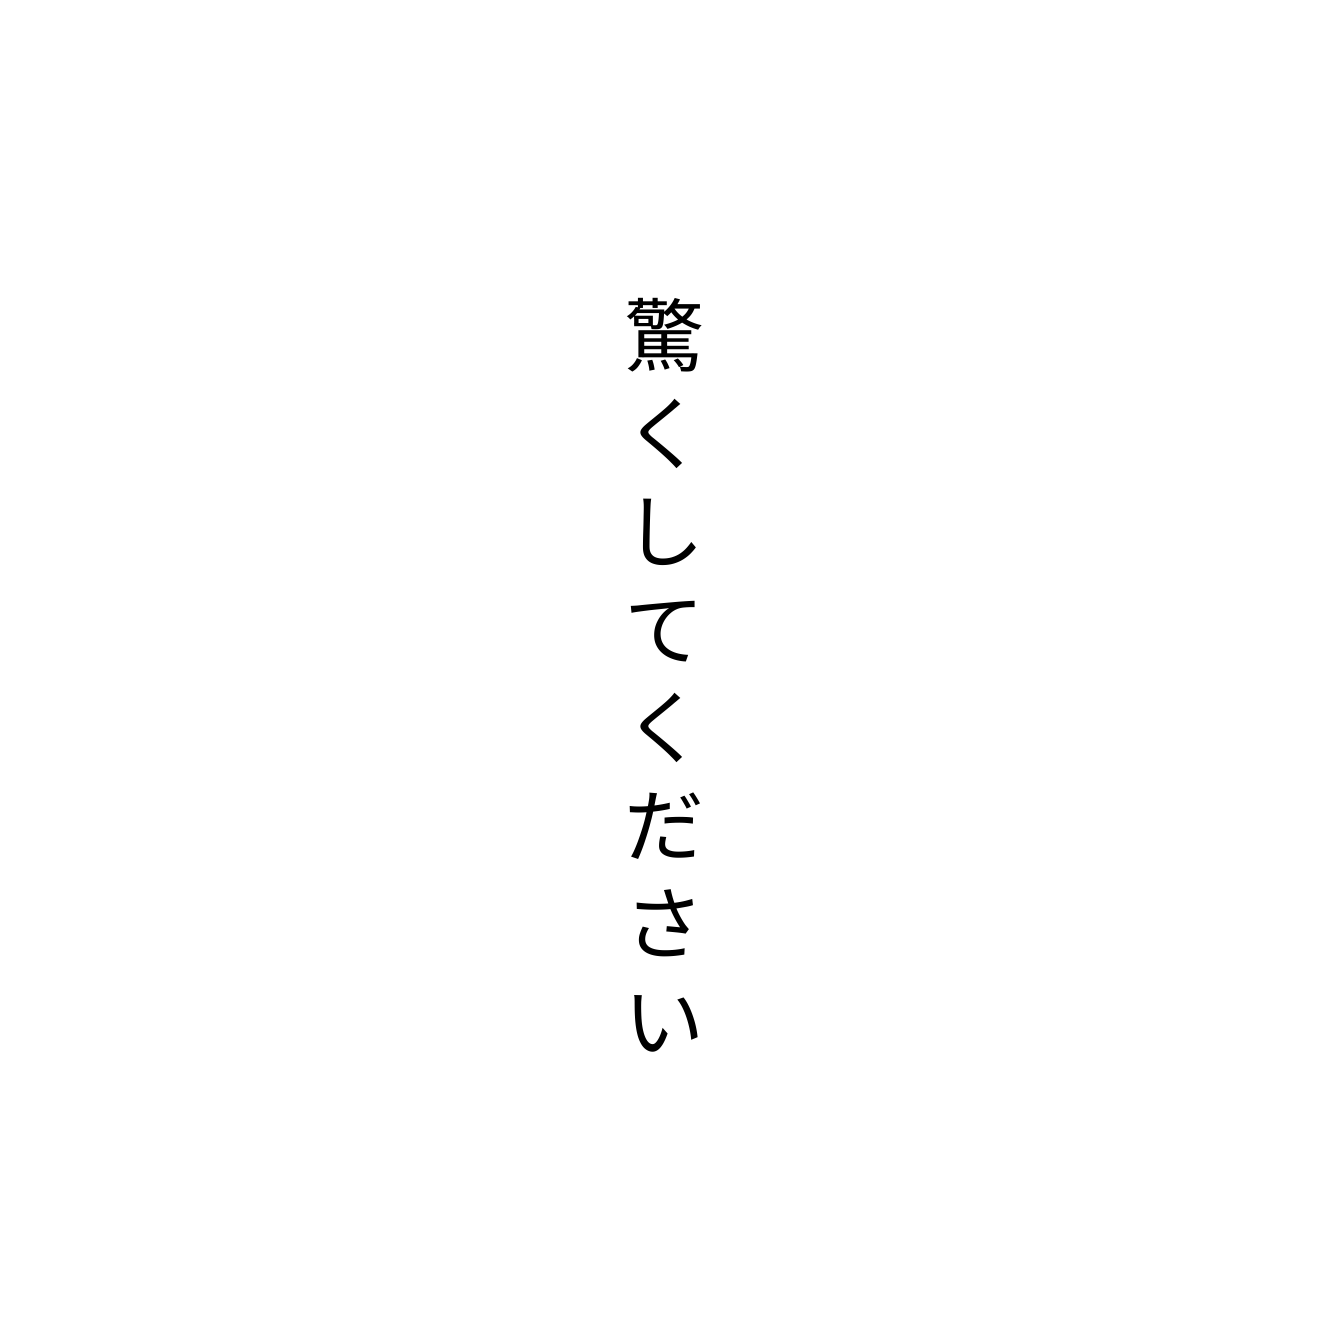
驚くしてください